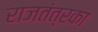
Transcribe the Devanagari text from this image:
राजतंत्रका